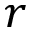
r